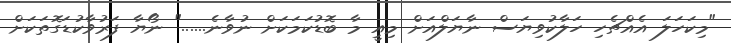
"މިކަހަލަ އެއްޗެހި ހަލާކުވިޔަސް ނާޔަލްއަށް މިއީ މާ ބޮޑުކަމަކަށް ނުވާނެ......" ނޯޔާ ފަރުވާކުޑަގޮތަކަށް